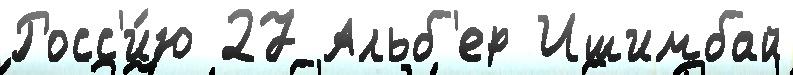
Росс'и́ю 27 Альб'ер Ишимбай